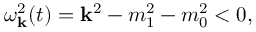
\omega _ { \bf k } ^ { 2 } ( t ) = { \bf k } ^ { 2 } - m _ { 1 } ^ { 2 } - m _ { 0 } ^ { 2 } < 0 ,